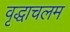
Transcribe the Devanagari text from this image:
वृद्धाचलम